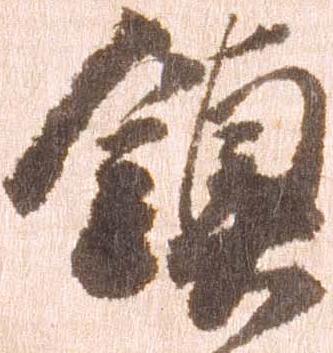
鎮